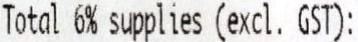
TOTAL 6% SUPPLIES (EXCL. GST):